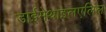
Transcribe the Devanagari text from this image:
डाईमेथाइलएलिल